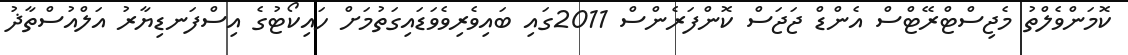
ކޮމަންވެލްތު މެޖިސްޓްރޭޓްސް އެންޑް ޖަޖަސް ކޮންފަރެންސް 2011ގައި ބައިވެރިވެވަޑައިގަތުމަށް ހައިކޯޓުގެ އިސްފަނޑިޔާރު އަލްއުސްތާޛު